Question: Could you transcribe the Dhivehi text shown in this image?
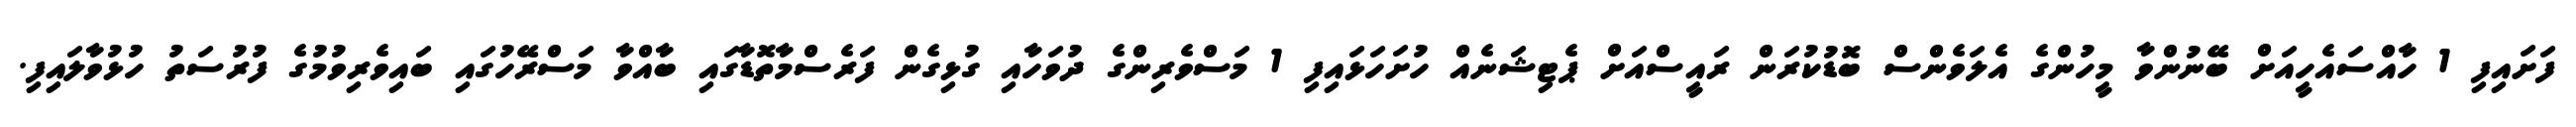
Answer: ފަށައިފި 1 ހާއްސައެހީއަށް ބޭނުންވާ މީހުންގެ އެލަވެންސް ބޮޑުކުރަން ރައީސްއަށް ޕެޓިޝަނެއް ހުށަހަޅައިފި 1 މަސްވެރިންގެ ދުވަހާއި ގުޅިގެން ފަރެސްމާތޮޑާގައި ބާއްވާ މަސްރޭހުގައި ބައިވެރިވުމުގެ ފުރުސަތު ހުޅުވާލައިފި.